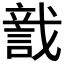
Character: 𧨺